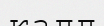
калл